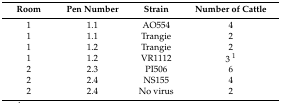
<table><thead><tr><td><b>Room</b></td><td><b>Pen Number</b></td><td><b>Strain</b></td><td><b>Number of Cattle</b></td></tr></thead><tbody><tr><td>1</td><td>1.1</td><td>AO554</td><td>4</td></tr><tr><td>1</td><td>1.1</td><td>Trangie</td><td>2</td></tr><tr><td>1</td><td>1.2</td><td>Trangie</td><td>2</td></tr><tr><td>1</td><td>1.2</td><td>VR1112</td><td>3 <sup>1</sup></td></tr><tr><td>2</td><td>2.3</td><td>PI506</td><td>6</td></tr><tr><td>2</td><td>2.4</td><td>NS155</td><td>4</td></tr><tr><td>2</td><td>2.4</td><td>No virus</td><td>2</td></tr></tbody></table>